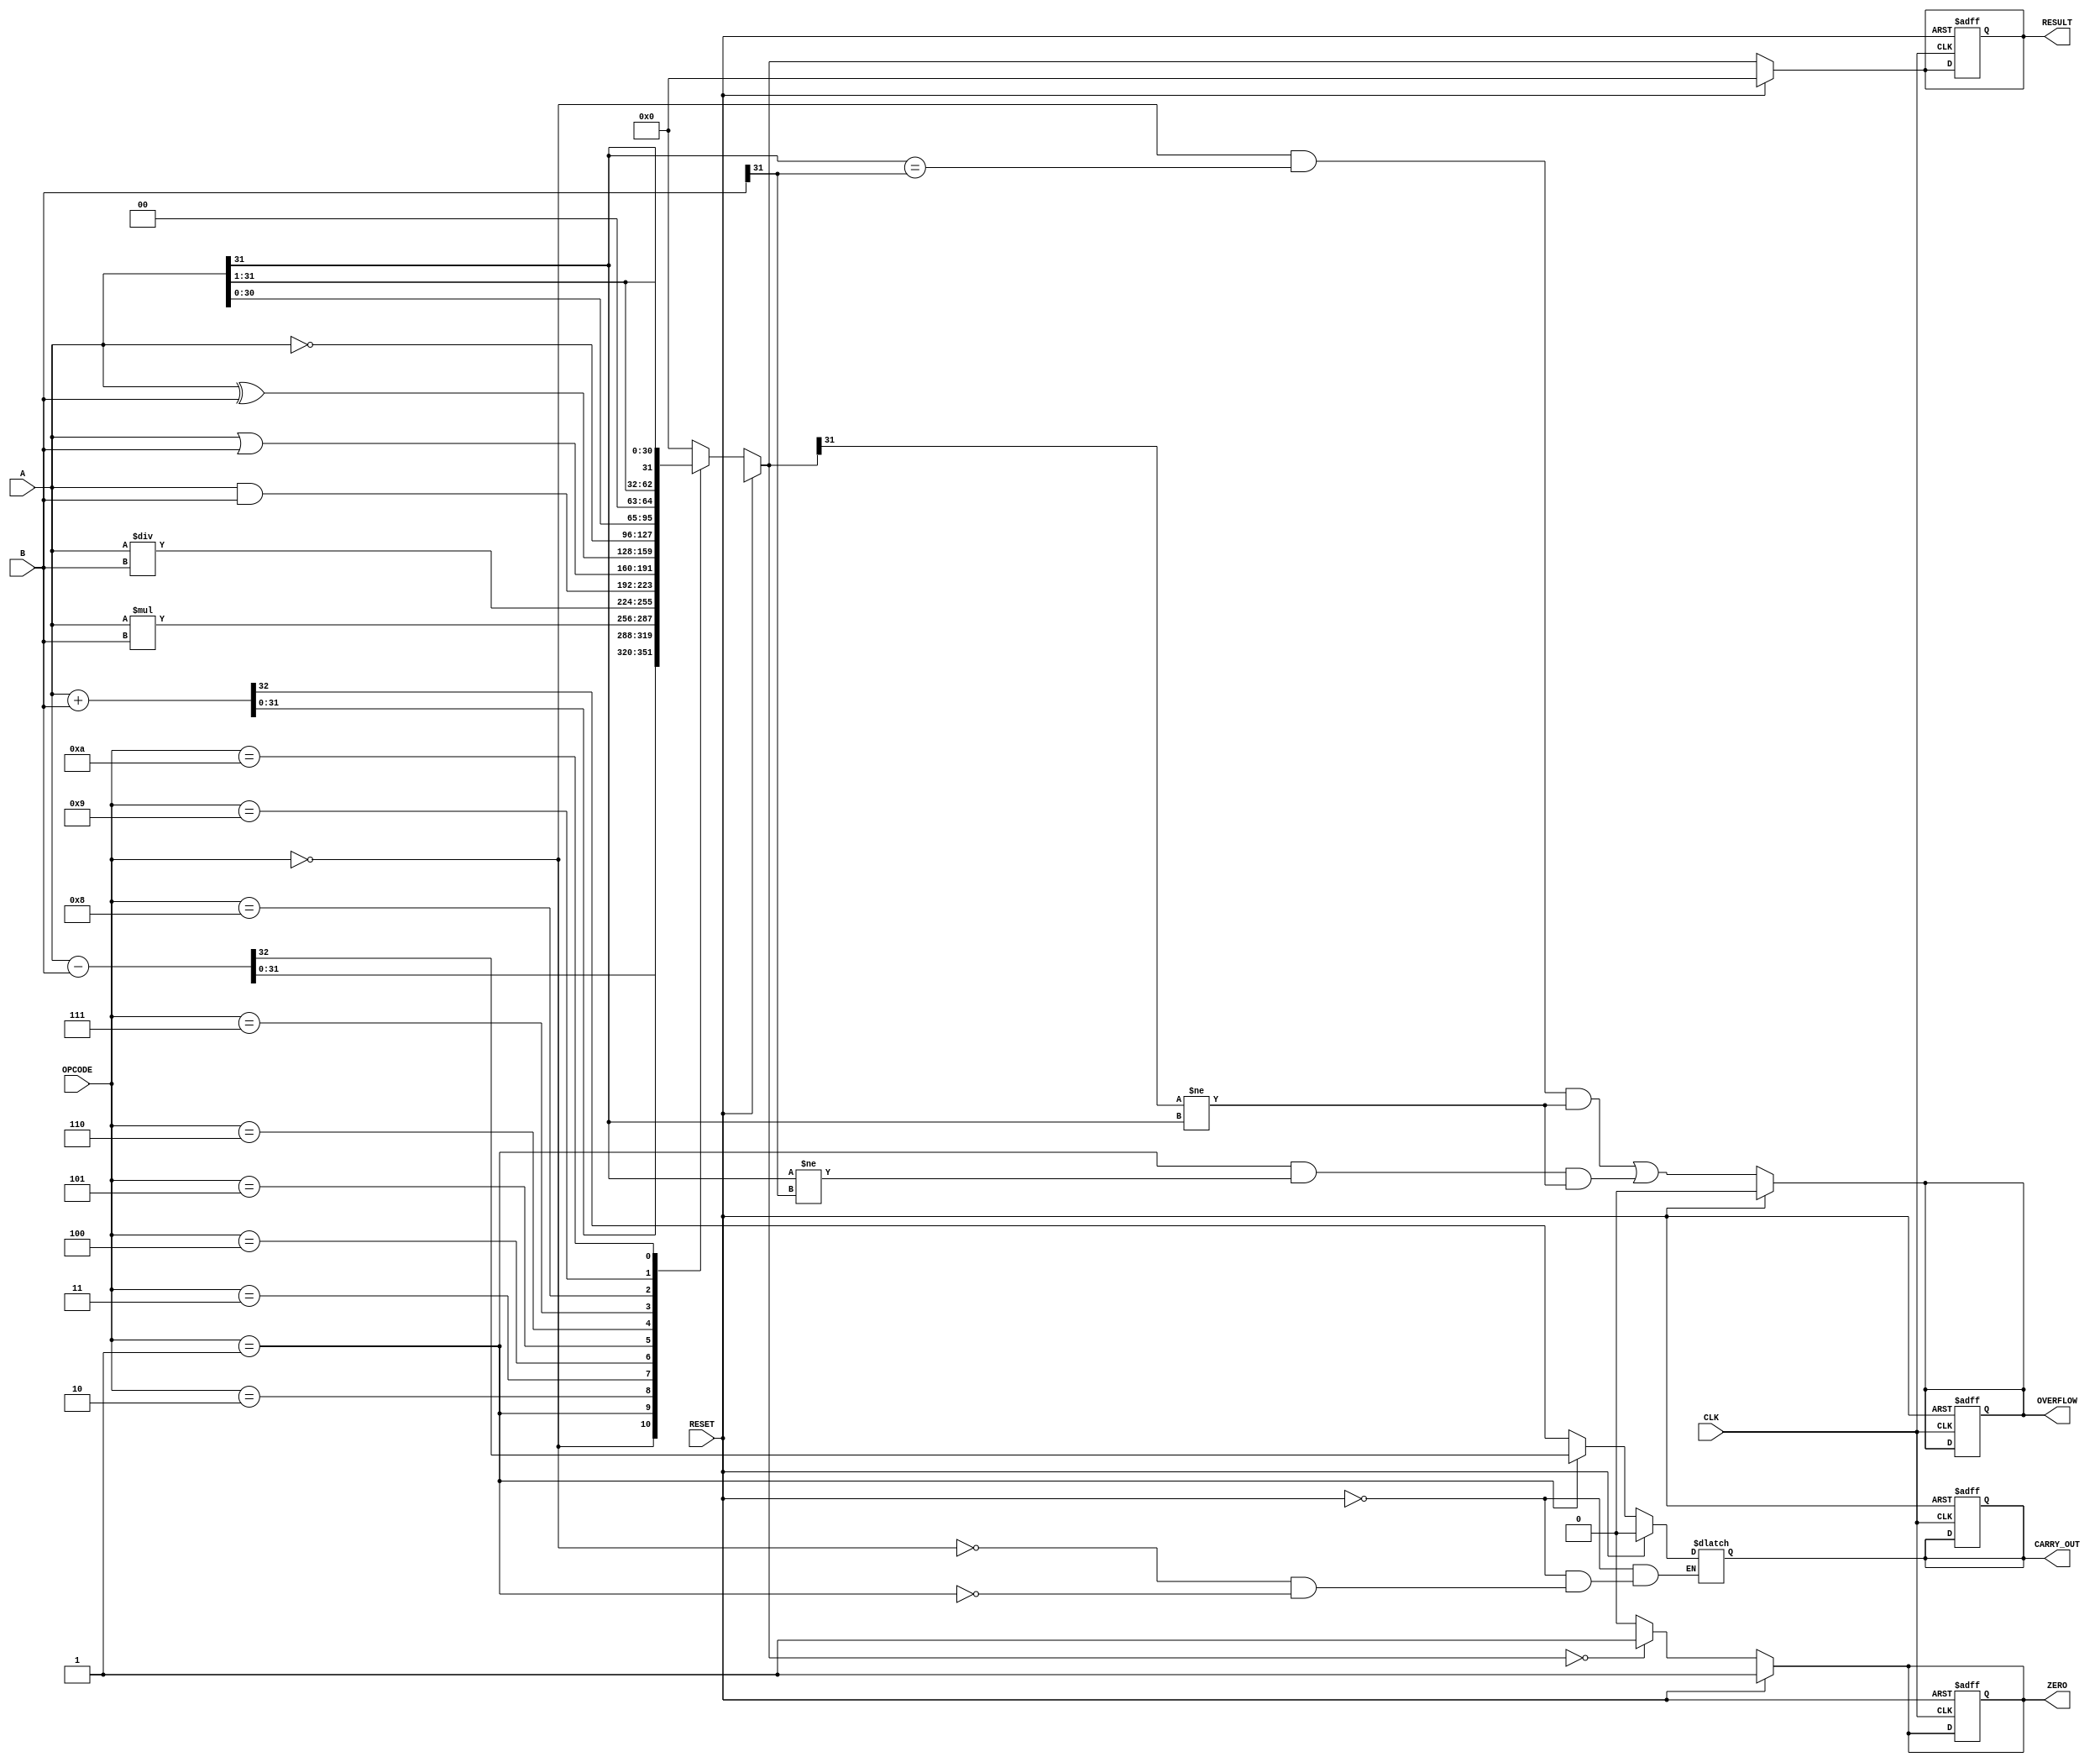
module ParameterizedALU #(
    parameter DATA_WIDTH = 32
)(
    input  wire [DATA_WIDTH-1:0] A,        // First operand
    input  wire [DATA_WIDTH-1:0] B,        // Second operand
    input  wire [3:0] OPCODE,               // Operation code
    input  wire CLK,                        // Clock signal
    input  wire RESET,                      // Asynchronous reset
    output reg  [DATA_WIDTH-1:0] RESULT,   // Result of the operation
    output reg  ZERO,                       // Zero flag
    output reg  OVERFLOW,                   // Overflow flag
    output reg  CARRY_OUT                   // Carry out flag
);

    // Arithmetic and Logic Operations
    always @(*) begin
        if (RESET) begin
            RESULT = 0;
            ZERO = 1;
            OVERFLOW = 0;
            CARRY_OUT = 0;
        end else begin
            case (OPCODE)
                4'b0000: {CARRY_OUT, RESULT} = A + B;                       // Addition
                4'b0001: {CARRY_OUT, RESULT} = A - B;                       // Subtraction
                4'b0010: RESULT = A * B;                                   // Multiplication
                4'b0011: RESULT = A / B;                                   // Division
                4'b0100: RESULT = A & B;                                   // AND
                4'b0101: RESULT = A | B;                                   // OR
                4'b0110: RESULT = A ^ B;                                   // XOR
                4'b0111: RESULT = ~A;                                      // NOT
                4'b1000: RESULT = A << 1;                                  // Logical Shift Left
                4'b1001: RESULT = A >> 1;                                  // Logical Shift Right
                4'b1010: RESULT = $signed(A) >>> 1;                        // Arithmetic Shift Right
                default: RESULT = 0;                                       // Default case
            endcase
            
            // Zero flag
            ZERO = (RESULT == 0) ? 1 : 0;

            // Overflow detection for addition and subtraction
            OVERFLOW = (OPCODE == 4'b0000 && (A[DATA_WIDTH-1] == B[DATA_WIDTH-1]) && (RESULT[DATA_WIDTH-1] != A[DATA_WIDTH-1])) || 
                        (OPCODE == 4'b0001 && (A[DATA_WIDTH-1] != B[DATA_WIDTH-1]) && (RESULT[DATA_WIDTH-1] != A[DATA_WIDTH-1]));
        end
    end

    // Synchronous process to update flags on clock edge
    always @(posedge CLK or posedge RESET) begin
        if (RESET) begin
            RESULT <= 0;
            ZERO <= 1;
            OVERFLOW <= 0;
            CARRY_OUT <= 0;
        end else begin
            // Already updated in combinational logic
        end
    end

endmodule